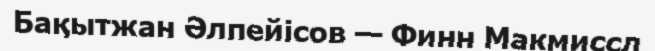
Бақытжан Әлпейісов — Финн Макмиссл